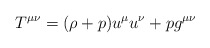
\begin{align*}T^{\mu\nu} = (\rho +p) u^{\mu}u^{\nu} + p g^{\mu\nu}\end{align*}